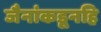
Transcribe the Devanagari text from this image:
जैनांकडूनहि